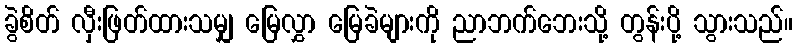
ခွဲစိတ် လှီးဖြတ်ထားသမျှ မြေလွှာ မြေခဲများကို ညာဘက်ဘေးသို့ တွန်းပို့ သွားသည်။